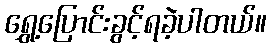
ရွှေ့ပြောင်းခွင့်ရခဲ့ပါတယ်။